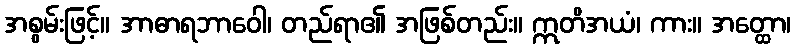
အစွမ်းဖြင့်။ အာဓာရဘာဝေါ၊ တည်ရာ၏ အဖြစ်တည်း။ ဣတိအယံ၊ ကား။ အတ္ထော၊